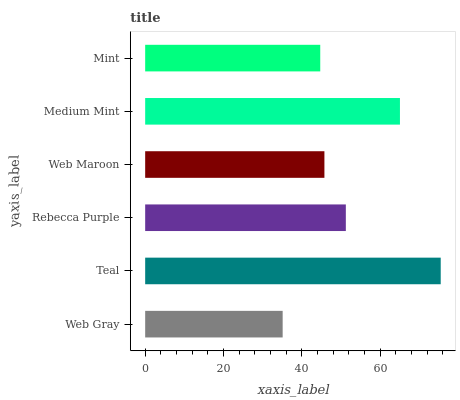
| yaxis_label | bars |
 | --- | --- |
 | Web Gray | 35.1 |
 | Teal | 75.5 |
 | Rebecca Purple | 51.2 |
 | Web Maroon | 45.8 |
 | Medium Mint | 65.1 |
 | Mint | 44.7 |